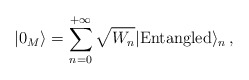
\begin{align*} |0_M\rangle = \sum_{n=0}^{+\infty} \sqrt{W_n} |{\rm Entangled} \rangle_n \,,\end{align*}